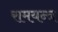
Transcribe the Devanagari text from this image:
रामयन्त्र